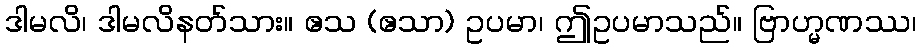
ဒါမလိ၊ ဒါမလိနတ်သား။ ဧသ (ဧသာ) ဥပမာ၊ ဤဥပမာသည်။ ဗြာဟ္မဏဿ၊